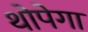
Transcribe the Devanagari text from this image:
थोपेगा